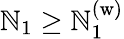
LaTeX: \mathbb{N}_{1}\geq\mathbb{N}_{1}^{(\mathrm{{w}})}